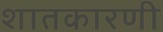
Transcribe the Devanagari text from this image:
शातकारणी